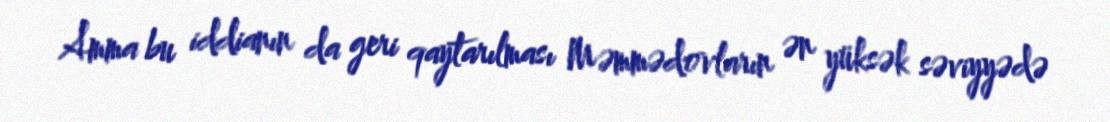
Amma bu iddianın da geri qaytarılması Məmmədovların ən yüksək səviyyədə